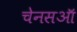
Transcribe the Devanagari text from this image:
चेनसऑ